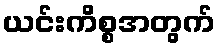
ယင်းကိစ္စအတွက်